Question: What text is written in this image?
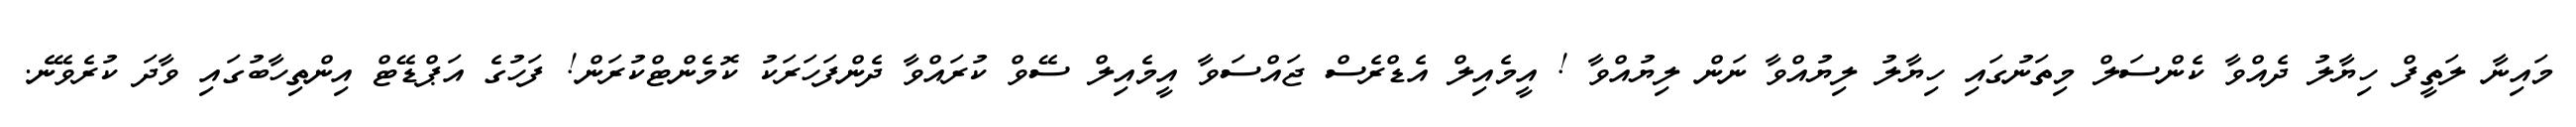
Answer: މައިނާ ލަތީފް ހިޔާލު ދެއްވާ ކެންސަލް މިތަނުގައި ހިޔާލު ލިޔުއްވާ ނަން ލިޔުއްވާ ! އީމެއިލް އެޑްރެސް ޖައްސަވާ އީމެއިލް ސޭވް ކުރައްވާ ދެންފަހަރަކު ކޮމެންޓްކުރަން! ފަހުގެ އަޕްޑޭޓް އިންތިހާބުގައި ވާދަ ކުރެވޭނެ.